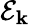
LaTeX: \mathcal{E}_{\mathbf{k}}